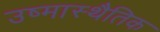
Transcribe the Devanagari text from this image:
उष्मास्थैतिक